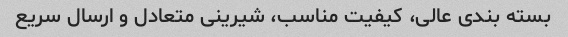
بسته بندی عالی، کیفیت مناسب، شیرینی متعادل و ارسال سریع